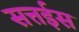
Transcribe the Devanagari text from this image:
सत्तईस